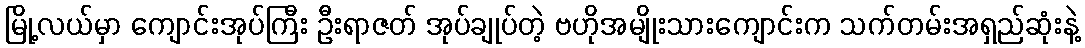
မြို့လယ်မှာ ကျောင်းအုပ်ကြီး ဦးရာဇတ် အုပ်ချုပ်တဲ့ ဗဟိုအမျိုးသားကျောင်းက သက်တမ်းအရှည်ဆုံးနဲ့